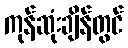
ကုန်ဆုံးချိန်တွင်